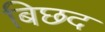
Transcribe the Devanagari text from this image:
बिछद